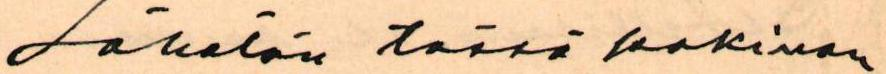
Lähetän tässä pakinan